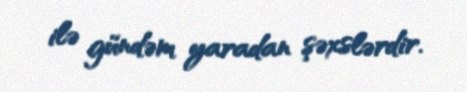
ilə gündəm yaradan şəxslərdir.